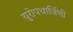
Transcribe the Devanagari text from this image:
युरोपधार्जिणी